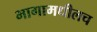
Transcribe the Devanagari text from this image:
भागामधीलच